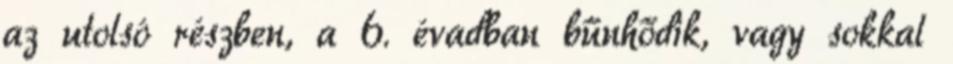
az utolsó részben, a 6. évadban bűnhődik, vagy sokkal